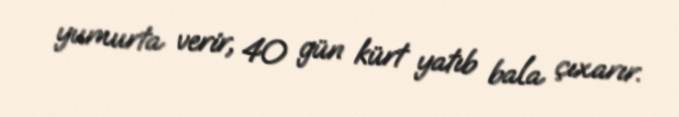
yumurta verir, 40 gün kürt yatıb bala çıxarır.